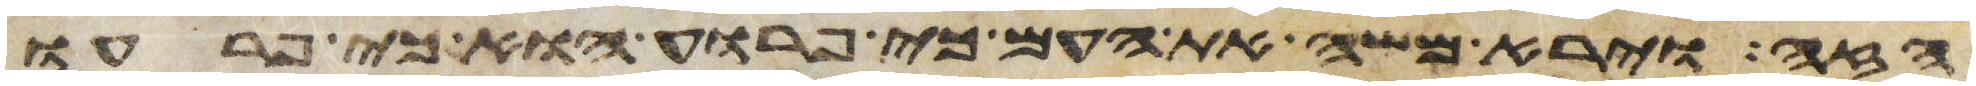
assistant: הזה וירא משה את העם כי פרוע הוא כי פרעו